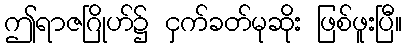
ဤရာဇဂြိုဟ်၌ ငှက်ခတ်မုဆိုး ဖြစ်ဖူးပြီ။